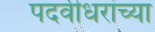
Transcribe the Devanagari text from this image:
पदवीधरांच्या